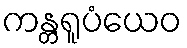
ကန္တရူပံယေဝ